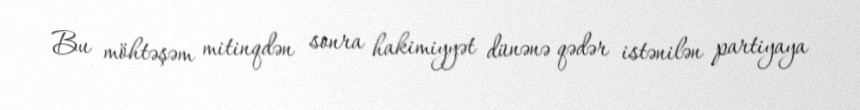
Bu möhtəşəm mitinqdən sonra hakimiyyət dünənə qədər istənilən partiyaya